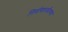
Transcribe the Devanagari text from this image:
निर्वाणापर्यंतच्या